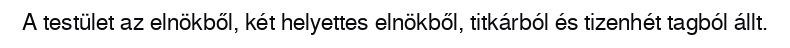
A testület az elnökből, két helyettes elnökből, titkárból és tizenhét tagból állt.